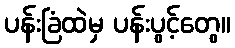
ပန်းခြံထဲမှ ပန်းပွင့်တွေ။